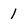
Character: 1